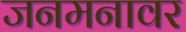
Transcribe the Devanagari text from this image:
जनमनावर